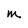
Character: m